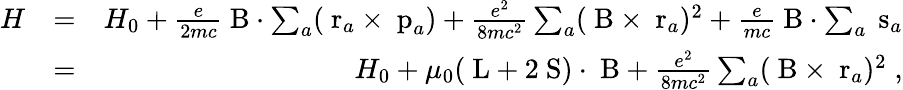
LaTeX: \begin{array}{rlr}{H}&{=}&{H_{0}+\frac{e}{2mc}\mathrm{\mathbf~B}\cdot\sum_{a}(\mathrm{\mathbf~r}_{a}\times\mathrm{\mathbf~p}_{a})+\frac{e^{2}}{8mc^{2}}\sum_{a}(\mathrm{\mathbf~B}\times\mathrm{\mathbf~r}_{a})^{2}+\frac{e}{mc}\mathrm{\mathbf~B}\cdot\sum_{a}\mathrm{\mathbf~s}_{a}}\\ &{=}&{H_{0}+\mu_{0}(\mathrm{\mathbf~L}+2\mathrm{\mathbf~S})\cdot\mathrm{\mathbf~B}+\frac{e^{2}}{8mc^{2}}\sum_{a}(\mathrm{\mathbf~B}\times\mathrm{\mathbf~r}_{a})^{2}\; ,}\end{array}